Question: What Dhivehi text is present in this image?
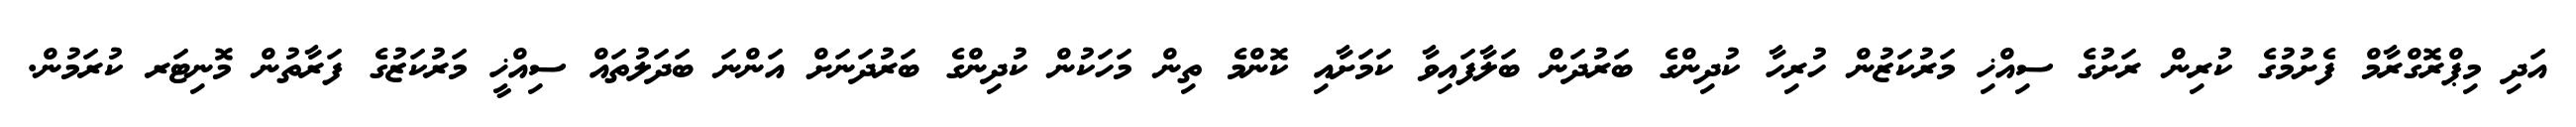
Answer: އަދި މިޕްރޮގްރާމް ފެށުމުގެ ކުރިން ރަށުގެ ސިއްޚި މަރުކަޒުން ހުރިހާ ކުދިންގެ ބަރުދަން ބަލާފައިވާ ކަމަށާއި ކޮންމެ ތިން މަހަކުން ކުދިންގެ ބަރުދަނަށް އަންނަ ބަދަލުތައް ސިއްޚީ މަރުކަޒުގެ ފަރާތުން މޮނިޓަރ ކުރަމުން.